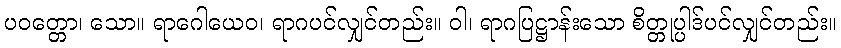
ပဝတ္တော၊ သော။ ရာဂေါယေဝ၊ ရာဂပင်လျှင်တည်း။ ဝါ၊ ရာဂပြဋ္ဌာန်းသော စိတ္တုပ္ပါဒ်ပင်လျှင်တည်း။